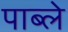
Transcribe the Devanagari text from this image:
पाब्ले